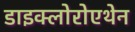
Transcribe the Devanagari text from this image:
डाइक्लोरोएथेन